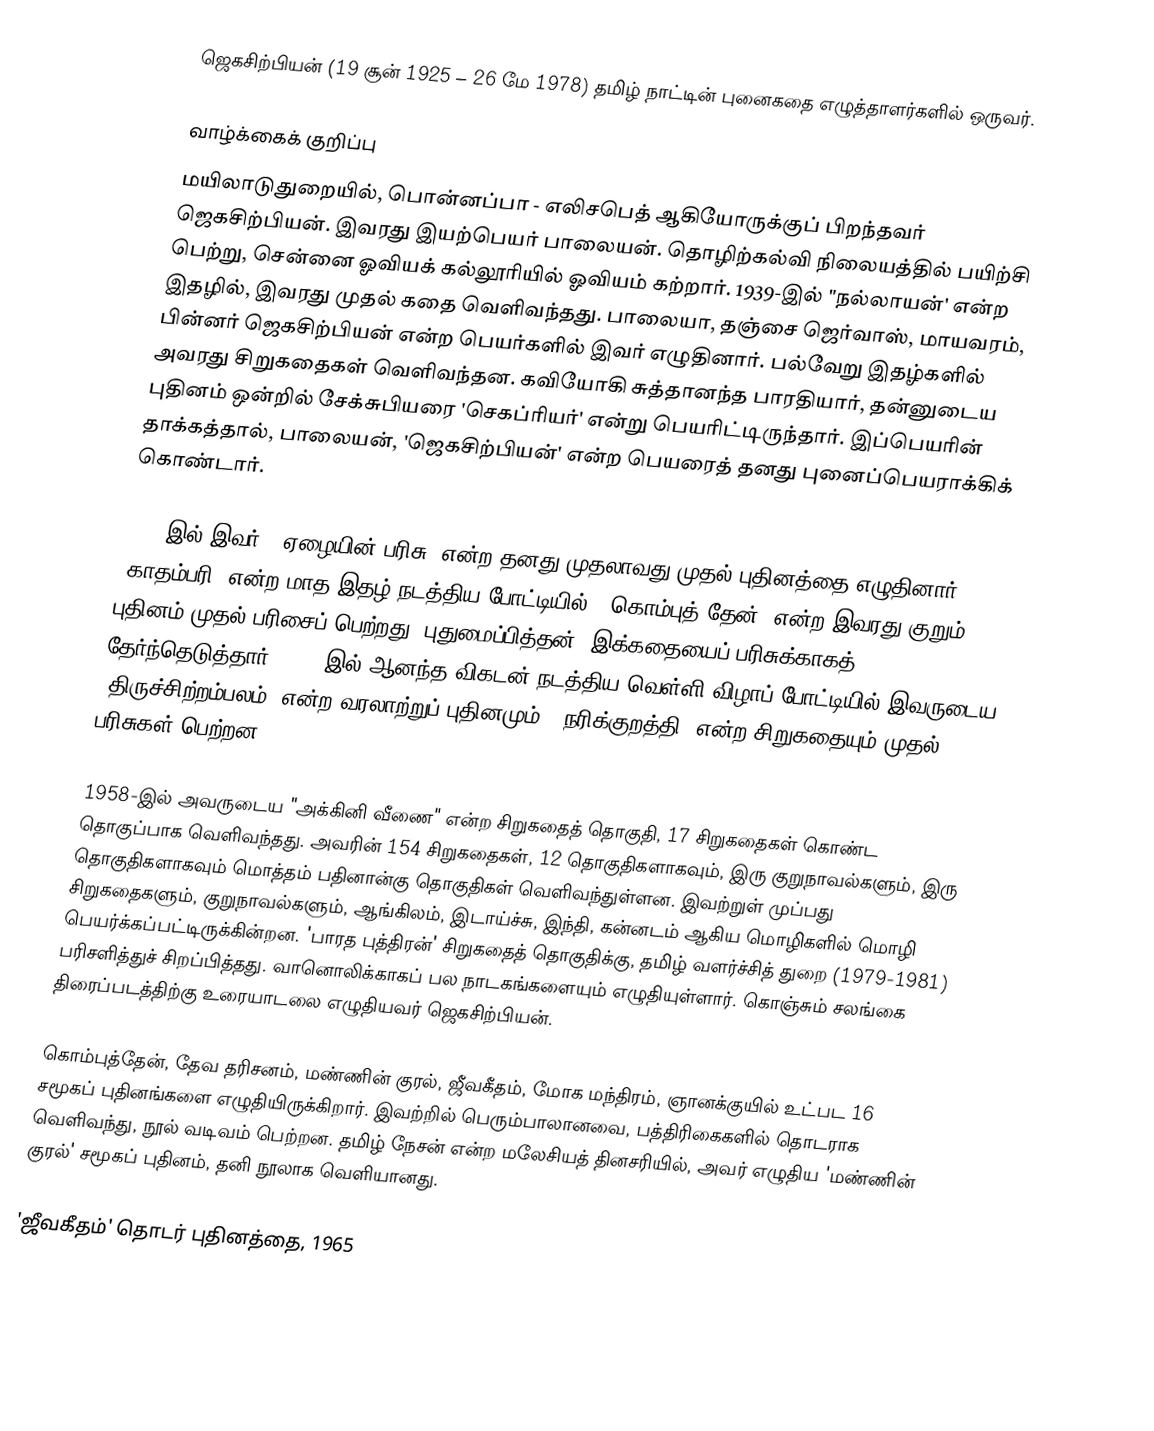
ஜெகசிற்பியன் (19 சூன் 1925 – 26 மே 1978) தமிழ் நாட்டின் புனைகதை எழுத்தாளர்களில் ஒருவர்.

வாழ்க்கைக் குறிப்பு
மயிலாடுதுறையில், பொன்னப்பா - எலிசபெத் ஆகியோருக்குப் பிறந்தவர் ஜெகசிற்பியன். இவரது இயற்பெயர் பாலையன். தொழிற்கல்வி நிலையத்தில் பயிற்சி பெற்று, சென்னை ஓவியக் கல்லூரியில் ஓவியம் கற்றார். 1939-இல் "நல்லாயன்' என்ற இதழில், இவரது முதல் கதை வெளிவந்தது. பாலையா, தஞ்சை ஜெர்வாஸ், மாயவரம், பின்னர் ஜெகசிற்பியன் என்ற பெயர்களில் இவர் எழுதினார். பல்வேறு இதழ்களில் அவரது சிறுகதைகள் வெளிவந்தன. கவியோகி சுத்தானந்த பாரதியார், தன்னுடைய புதினம் ஒன்றில் சேக்சுபியரை 'செகப்ரியர்' என்று பெயரிட்டிருந்தார். இப்பெயரின் தாக்கத்தால், பாலையன், 'ஜெகசிற்பியன்' என்ற பெயரைத் தனது புனைப்பெயராக்கிக் கொண்டார்.

1948-இல் இவர், "ஏழையின் பரிசு" என்ற தனது முதலாவது முதல் புதினத்தை எழுதினார். 'காதம்பரி' என்ற மாத இதழ் நடத்திய போட்டியில், "கொம்புத் தேன்" என்ற இவரது குறும் புதினம் முதல் பரிசைப் பெற்றது. புதுமைப்பித்தன், இக்கதையைப் பரிசுக்காகத் தேர்ந்தெடுத்தார். 1957-இல் ஆனந்த விகடன் நடத்திய வெள்ளி விழாப் போட்டியில் இவருடைய "திருச்சிற்றம்பலம்" என்ற வரலாற்றுப் புதினமும், 'நரிக்குறத்தி' என்ற சிறுகதையும் முதல் பரிசுகள் பெற்றன.

1958-இல் அவருடைய "அக்கினி வீணை" என்ற சிறுகதைத் தொகுதி, 17 சிறுகதைகள் கொண்ட தொகுப்பாக வெளிவந்தது. அவரின் 154 சிறுகதைகள், 12 தொகுதிகளாகவும், இரு குறுநாவல்களும், இரு தொகுதிகளாகவும் மொத்தம் பதினான்கு தொகுதிகள் வெளிவந்துள்ளன. இவற்றுள் முப்பது சிறுகதைகளும், குறுநாவல்களும், ஆங்கிலம், இடாய்ச்சு, இந்தி, கன்னடம் ஆகிய மொழிகளில் மொழி பெயர்க்கப்பட்டிருக்கின்றன. 'பாரத புத்திரன்' சிறுகதைத் தொகுதிக்கு, தமிழ் வளர்ச்சித் துறை (1979-1981) பரிசளித்துச் சிறப்பித்தது. வானொலிக்காகப் பல நாடகங்களையும் எழுதியுள்ளார். கொஞ்சும் சலங்கை திரைப்படத்திற்கு உரையாடலை எழுதியவர் ஜெகசிற்பியன்.

கொம்புத்தேன், தேவ தரிசனம், மண்ணின் குரல், ஜீவகீதம், மோக மந்திரம், ஞானக்குயில் உட்பட 16 சமூகப் புதினங்களை எழுதியிருக்கிறார். இவற்றில் பெரும்பாலானவை, பத்திரிகைகளில் தொடராக வெளிவந்து, நூல் வடிவம் பெற்றன. தமிழ் நேசன் என்ற மலேசியத் தினசரியில், அவர் எழுதிய 'மண்ணின் குரல்' சமூகப் புதினம், தனி நூலாக வெளியானது.

'ஜீவகீதம்' தொடர் புதினத்தை, 1965